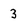
Character: 3